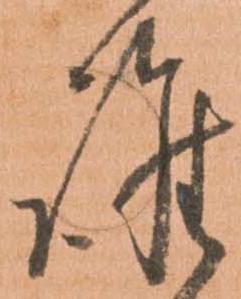
誰